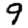
Digit: 9